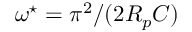
\omega ^ { \star } = \pi ^ { 2 } / ( 2 R _ { p } C )